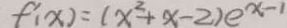
f ^ { \prime } ( x ) = ( x ^ { 2 } + x - 2 ) e ^ { x - 1 }